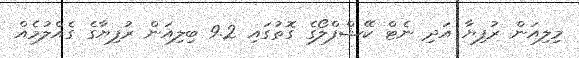
މިލިއަން ރުފިޔާ އަދި ނެޓް ކޭޝްފްލޯގެ ގޮތުގައި 9.2 ބިލިއަން ރުފިޔާގެ ގެއްލުމެއް